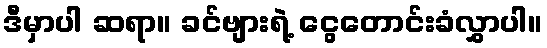
ဒီမှာပါ ဆရာ။ ခင်ဗျားရဲ့ ငွေတောင်းခံလွှာပါ။